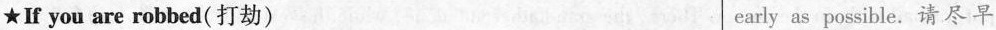
★If you are robbed（打劫） early as possible.请尽早